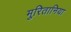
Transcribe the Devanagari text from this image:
मुरितानिया